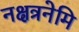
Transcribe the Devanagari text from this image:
नक्षत्रनेमि